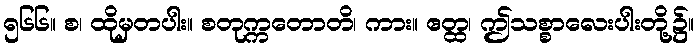
၅၆၆။ စ၊ ထိုမှတပါး။ စတုက္ကတောတိ၊ ကား။ ဧတ္ထ၊ ဤသစ္စာလေးပါးတို့၌။